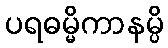
ပရဓမ္မိကာနမ္ပိ